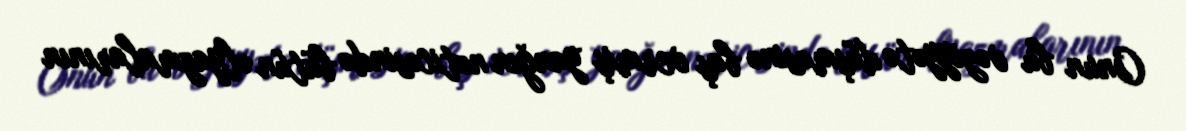
Onun bu vəziyyətə düşməsinə baş vermiş yanğın nəticəsində bütün əlyazmalarının